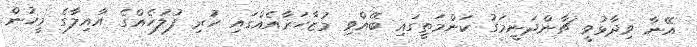
އޭނާ ވިދާޅުވީ ޗާންދަނީމަގު ކަންމަތީގައި ބޭއްވި މުޒާހަރާއެއްގައި ހުރި ފުލުހެއްގެ އާއިލާގެ މީހުން